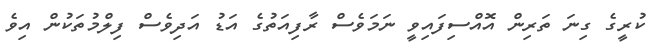
ކުރީގެ ގިނަ ތަރިން އޮއްސިފައިވީ ނަމަވެސް ރާފިއަތުގެ އަޑު އަދިވެސް ފިލްމުތަކުން އިވެ